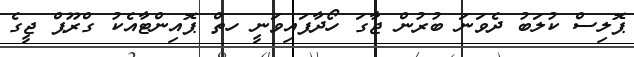
ޕޮލިސް ކުލަބު ދެވަނަ ބުރުން ޖާގަ ހޯދާފައިވަނީ ހތް ޕޮއިންޓާއެކު ގްރޫޕް ޖީގެ